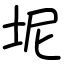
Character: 坭